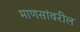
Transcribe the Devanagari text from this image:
माणसांवरील